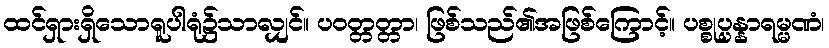
ထင်ရှားရှိသောရူပါရုံ၌သာလျှင်။ ပဝတ္တတ္တာ၊ ဖြစ်သည်၏အဖြစ်ကြောင့်။ ပစ္စုပ္ပန္နာရမ္မဏံ၊